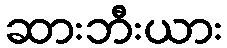
ဆားဘီးယား